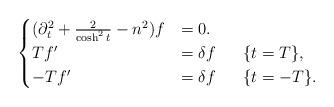
LaTeX: \begin{align*}\begin{cases}(\partial_t^2+\frac{2}{\cosh^2{t}}-n^2)f &=0.\\Tf' &=\delta f ~~~~~ \{t=T\}, \\-Tf' &=\delta f ~~~~~ \{t=-T\}.\end{cases}\end{align*}